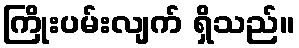
ကြိုးပမ်းလျက် ရှိသည်။